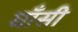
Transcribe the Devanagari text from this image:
घाँसी